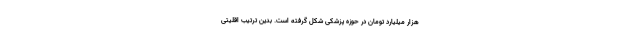
هزار میلیارد تومان در حوزه پزشکی شکل گرفته است. بدین ترتیب اقلیتی